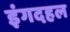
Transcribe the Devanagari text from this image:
इंगदहल